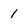
Character: 1